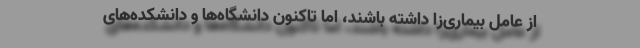
از عامل بیماری‌زا داشته باشند، اما تاکنون دانشگاه‌ها و دانشکده‌های